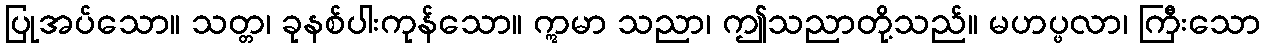
ပြုအပ်သော။ သတ္တ၊ ခုနစ်ပါးကုန်သော။ ဣမာ သညာ၊ ဤသညာတို့သည်။ မဟပ္ဖလာ၊ ကြီးသော